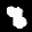
Label: 8